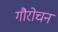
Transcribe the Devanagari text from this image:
गौरोचन